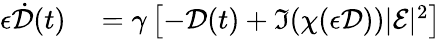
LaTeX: \begin{array}{rl}{\epsilon\dot{\mathcal{D}}(t)}&{{}=\gamma\left[-\mathcal{D}(t)+\Im(\chi(\epsilon\mathcal{D}))|\mathcal{E}|^{2}\right]}\end{array}